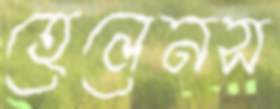
হেলেনস